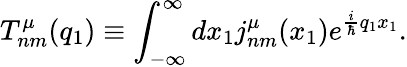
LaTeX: T_{nm}^{\mu}(q_{1})\equiv\int_{-\infty}^{\infty}dx_{1}j_{nm}^{\mu}(x_{1})e^{\frac{i}{\hbar}q_{1}x_{1}}.